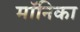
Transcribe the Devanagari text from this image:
माॅनिका